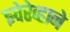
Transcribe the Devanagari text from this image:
झ्वेरेव्हाने